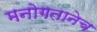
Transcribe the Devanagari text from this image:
मनोगतानेच